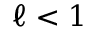
\ell < 1